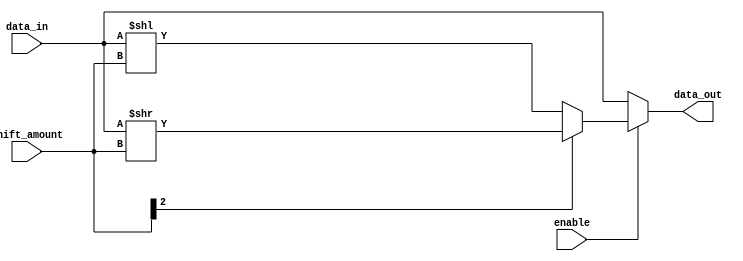
module barrel_shifter (
  input [7:0] data_in,
  input [2:0] shift_amount,
  input enable,
  output [7:0] data_out
);

  reg [7:0] shifted_data;
  
  always @(*) begin
    if(enable) begin
      if(shift_amount[2] == 1'b0) begin
        shifted_data = data_in << shift_amount;
      end else begin
        shifted_data = data_in >> shift_amount;
      end
    end else begin
      shifted_data = data_in;
    end
  end

  assign data_out = shifted_data;

endmodule